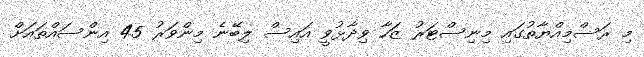
މި ރަސްމިއްޔާތުގައި މިނިސްޓަރު ޒަހާ ވިދާޅުވީ އައިސް ލިބޭނެ މިންވަރު 45 އިންސައްތައަށް